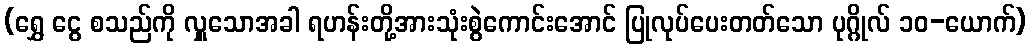
(ရွှေ ငွေ စသည်ကို လှူသောအခါ ရဟန်းတို့အားသုံးစွဲကောင်းအောင် ပြုလုပ်ပေးတတ်သော ပုဂ္ဂိုလ် ၁၀-ယောက်)